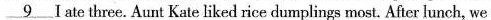
\underline{9} I ate three. Aunt Kate liked rice dumplings most. After lunch, we